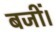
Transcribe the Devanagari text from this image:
बजीं।